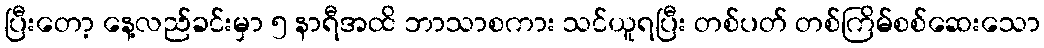
ပြီးတော့ နေ့လည်ခင်းမှာ ၅ နာရီအထိ ဘာသာစကား သင်ယူရပြီး တစ်ပတ် တစ်ကြိမ်စစ်ဆေးသော